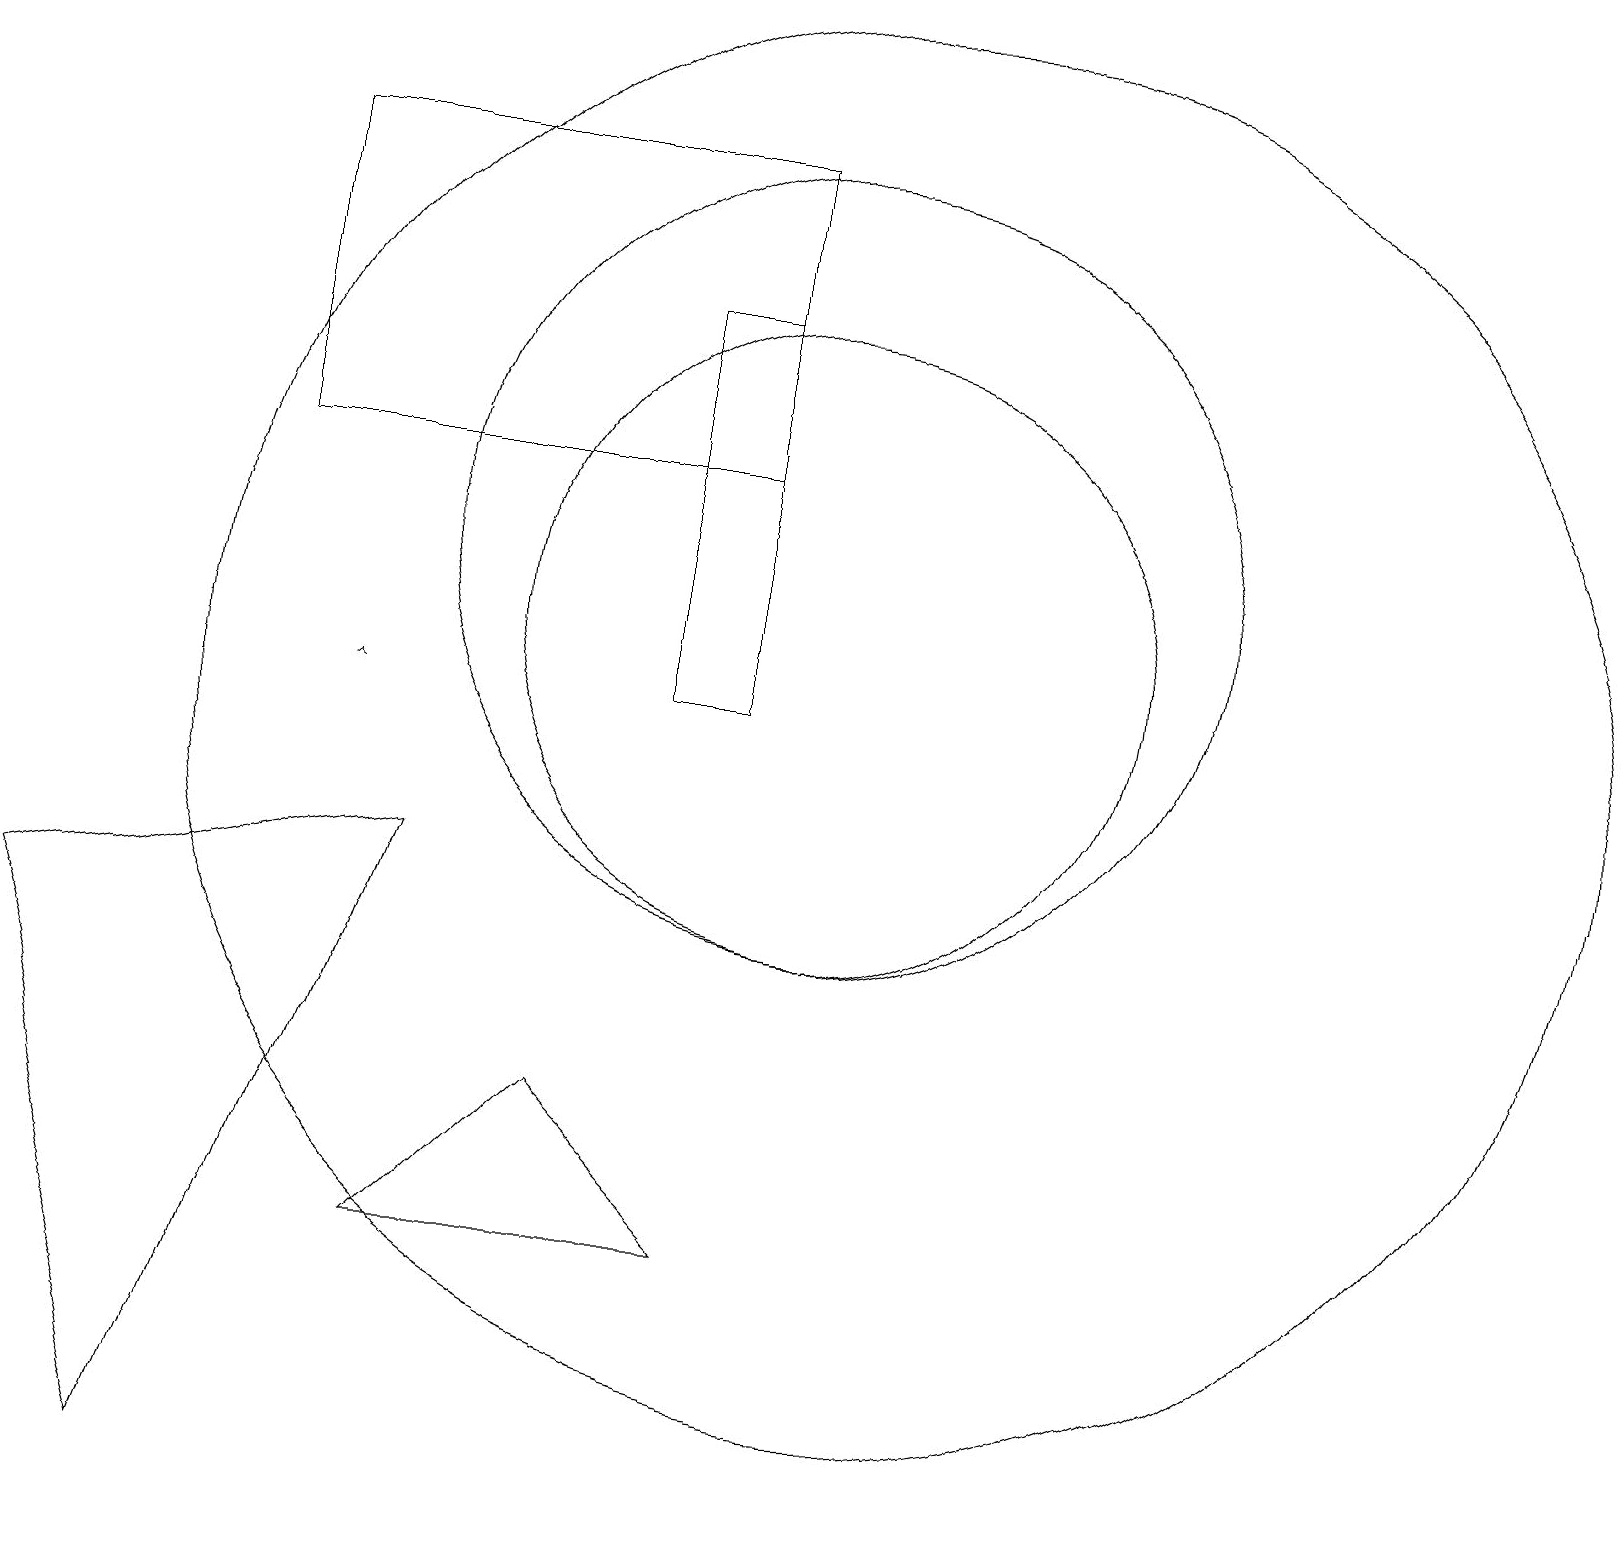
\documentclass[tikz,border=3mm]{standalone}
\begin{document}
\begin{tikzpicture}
\draw[->] (4,10) -- (4,10);
\draw (0,7) -- (2,0) -- (5,8) -- cycle;
\draw (11,10) circle (9);
\draw (10,11) circle (4);
\draw (9,3) -- (7,5) -- (5,3) -- cycle;
\draw (3,17) rectangle (9,13);
\draw (10,12) circle (5);
\draw (9,10) rectangle (8,15);
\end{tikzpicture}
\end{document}